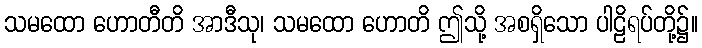
သမထော ဟောတီတိ အာဒီသု၊ သမထော ဟောတိ ဤသို့ အစရှိသော ပါဠိရပ်တို့၌။